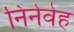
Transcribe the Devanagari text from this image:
निनेवेह